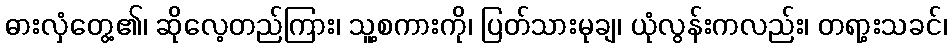
ဓားလှံတွေ့၏၊ ဆိုလေ့တည်ကြား၊ သူ့စကားကို၊ ပြတ်သားမုချ၊ ယုံလွန်းကလည်း၊ တရာ့းသခင်၊